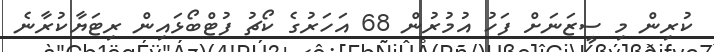
ކުރިން މި ސީޒަނަށް ފަހު އުމުރުން 68 އަހަރުގެ ކޯޗު ފުޓްބޯޅައިން ރިޓަޔާކުރާނެ